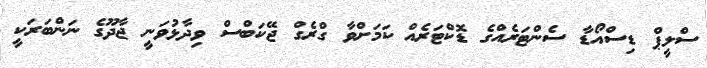
ސްލީޕް ޑިސްއޯޑާ ސެންޓަރެއްގެ ޑޮކްޓަރެއް ކަމަށްވާ ގްރެގް ޖޭކަބްސް ވިދާޅުވަނީ ޖާދޫގެ ނަންބަރަކީ